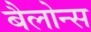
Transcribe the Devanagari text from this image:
बैलोन्स